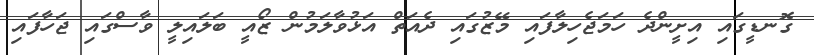
ގޮނޑީގައި އިށީންދެ ހަމަޖެހިލާފައި މޭޒުގައި ދެއަތް އަޅުވާލަމުން ޒޯއީ ބަލައިލީ ވާސްގައި ޖަހާފައި